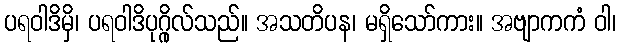
ပရဝါဒိမှိ၊ ပရဝါဒိပုဂ္ဂိုလ်သည်။ အသတိပန၊ မရှိသော်ကား။ အဗျာကကံ ဝါ၊